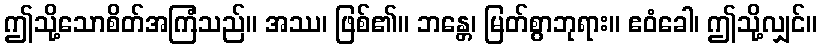
ဤသို့သောစိတ်အကြံသည်။ အဿ၊ ဖြစ်၏။ ဘန္တေ၊ မြတ်စွာဘုရား။ ဧဝံခေါ၊ ဤသို့လျှင်။